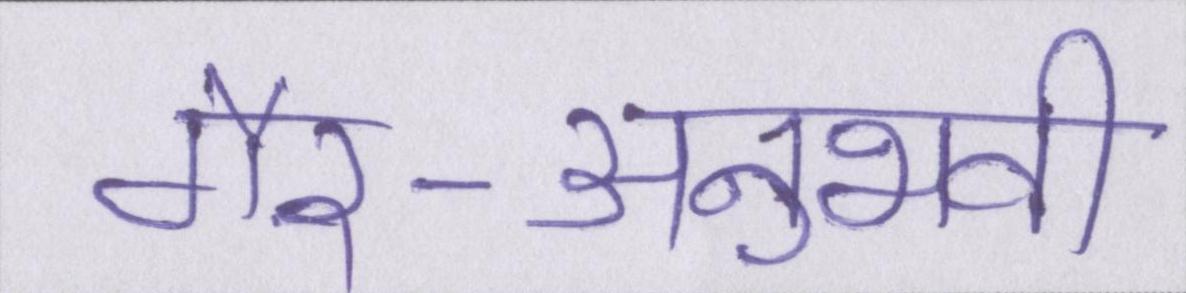
गैर-अनुभवी